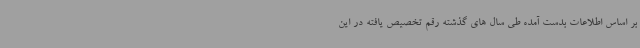
بر اساس اطلاعات بدست آمده طی سال های گذشته رقم تخصیص یافته در این